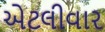
એટલીવાર